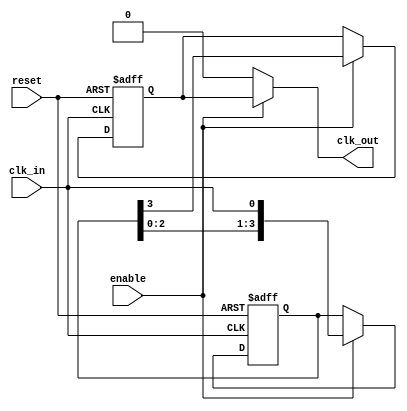
module skew_optimized_clock_buffer (
    input wire clk_in,          // Single-ended input clock signal
    output wire clk_out,        // Buffered output clock signal
    input wire enable,          // Enable signal to control clock buffer
    input wire reset            // Asynchronous reset signal
);

// Parameters for delay configuration
parameter DELAY_STAGE_COUNT = 4;  // Number of delay stages
parameter DELAY_STEP = 5;          // Delay increment in time units

// Delay line array to introduce programmable delays
reg [DELAY_STAGE_COUNT-1:0] delay_line;
reg clk_out_reg;

// Clock buffering
always @(posedge clk_in or posedge reset) begin
    if (reset) begin
        // On reset, initialize clock output and delay line
        clk_out_reg <= 1'b0;
        delay_line <= 0;
    end else if (enable) begin
        // Shift through the delay line to create clock buffer
        delay_line <= {delay_line[DELAY_STAGE_COUNT-2:0], clk_in};
        clk_out_reg <= delay_line[DELAY_STAGE_COUNT-1];
    end
end

// Output clock assignment
assign clk_out = enable ? clk_out_reg : 1'b0; // Output zero when not enabled

endmodule